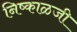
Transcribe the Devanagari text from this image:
निष्काळजी